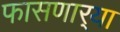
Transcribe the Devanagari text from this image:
फासणार्‍या